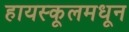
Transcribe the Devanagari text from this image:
हायस्‍कूलमधून